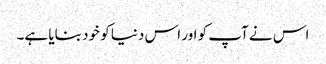
اس نے آپ کو اور اس دنیا کو خود بنایا ہے۔